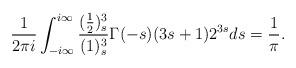
LaTeX: \begin{align*}\frac{1}{2\pi i}\int_{-i\infty}^{i\infty}\frac{(\frac{1}{2})_s^3}{(1)_s^3}\Gamma(-s)(3s+1) 2^{3s}ds=\frac{1}{\pi}.\end{align*}